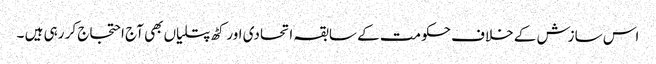
اس سازش کے خلاف حکومت کے سابقہ اتحادی اور کٹھ پتلیاں بھی آج احتجاج کر رہی ہیں ۔